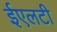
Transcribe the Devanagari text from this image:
ईएलटी